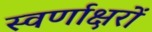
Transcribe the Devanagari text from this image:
स्‍वर्णाक्षरों